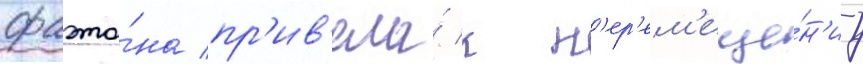
фаэто́на пр'ив'ела́ к п'ер'ем'еще́н'иу